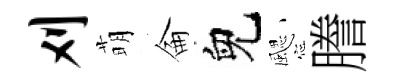
刈萌侖兒颸謄